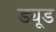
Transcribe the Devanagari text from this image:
ड्यूड